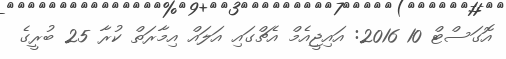
އޮގަސްޓް 10 2016: އައިޖީއެމް އެޗްގައި އަލައް އިމާރަތް ކުރާ 25 ބުރީގެ